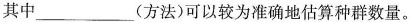
其中___(方法)可以较为准确地估算种群数量。